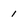
Character: 1